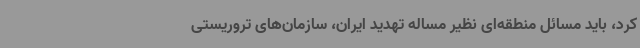
کرد، باید مسائل منطقه‌ای نظیر مساله تهدید ایران، سازمان‌های تروریستی